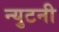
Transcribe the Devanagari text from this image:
न्युटनी